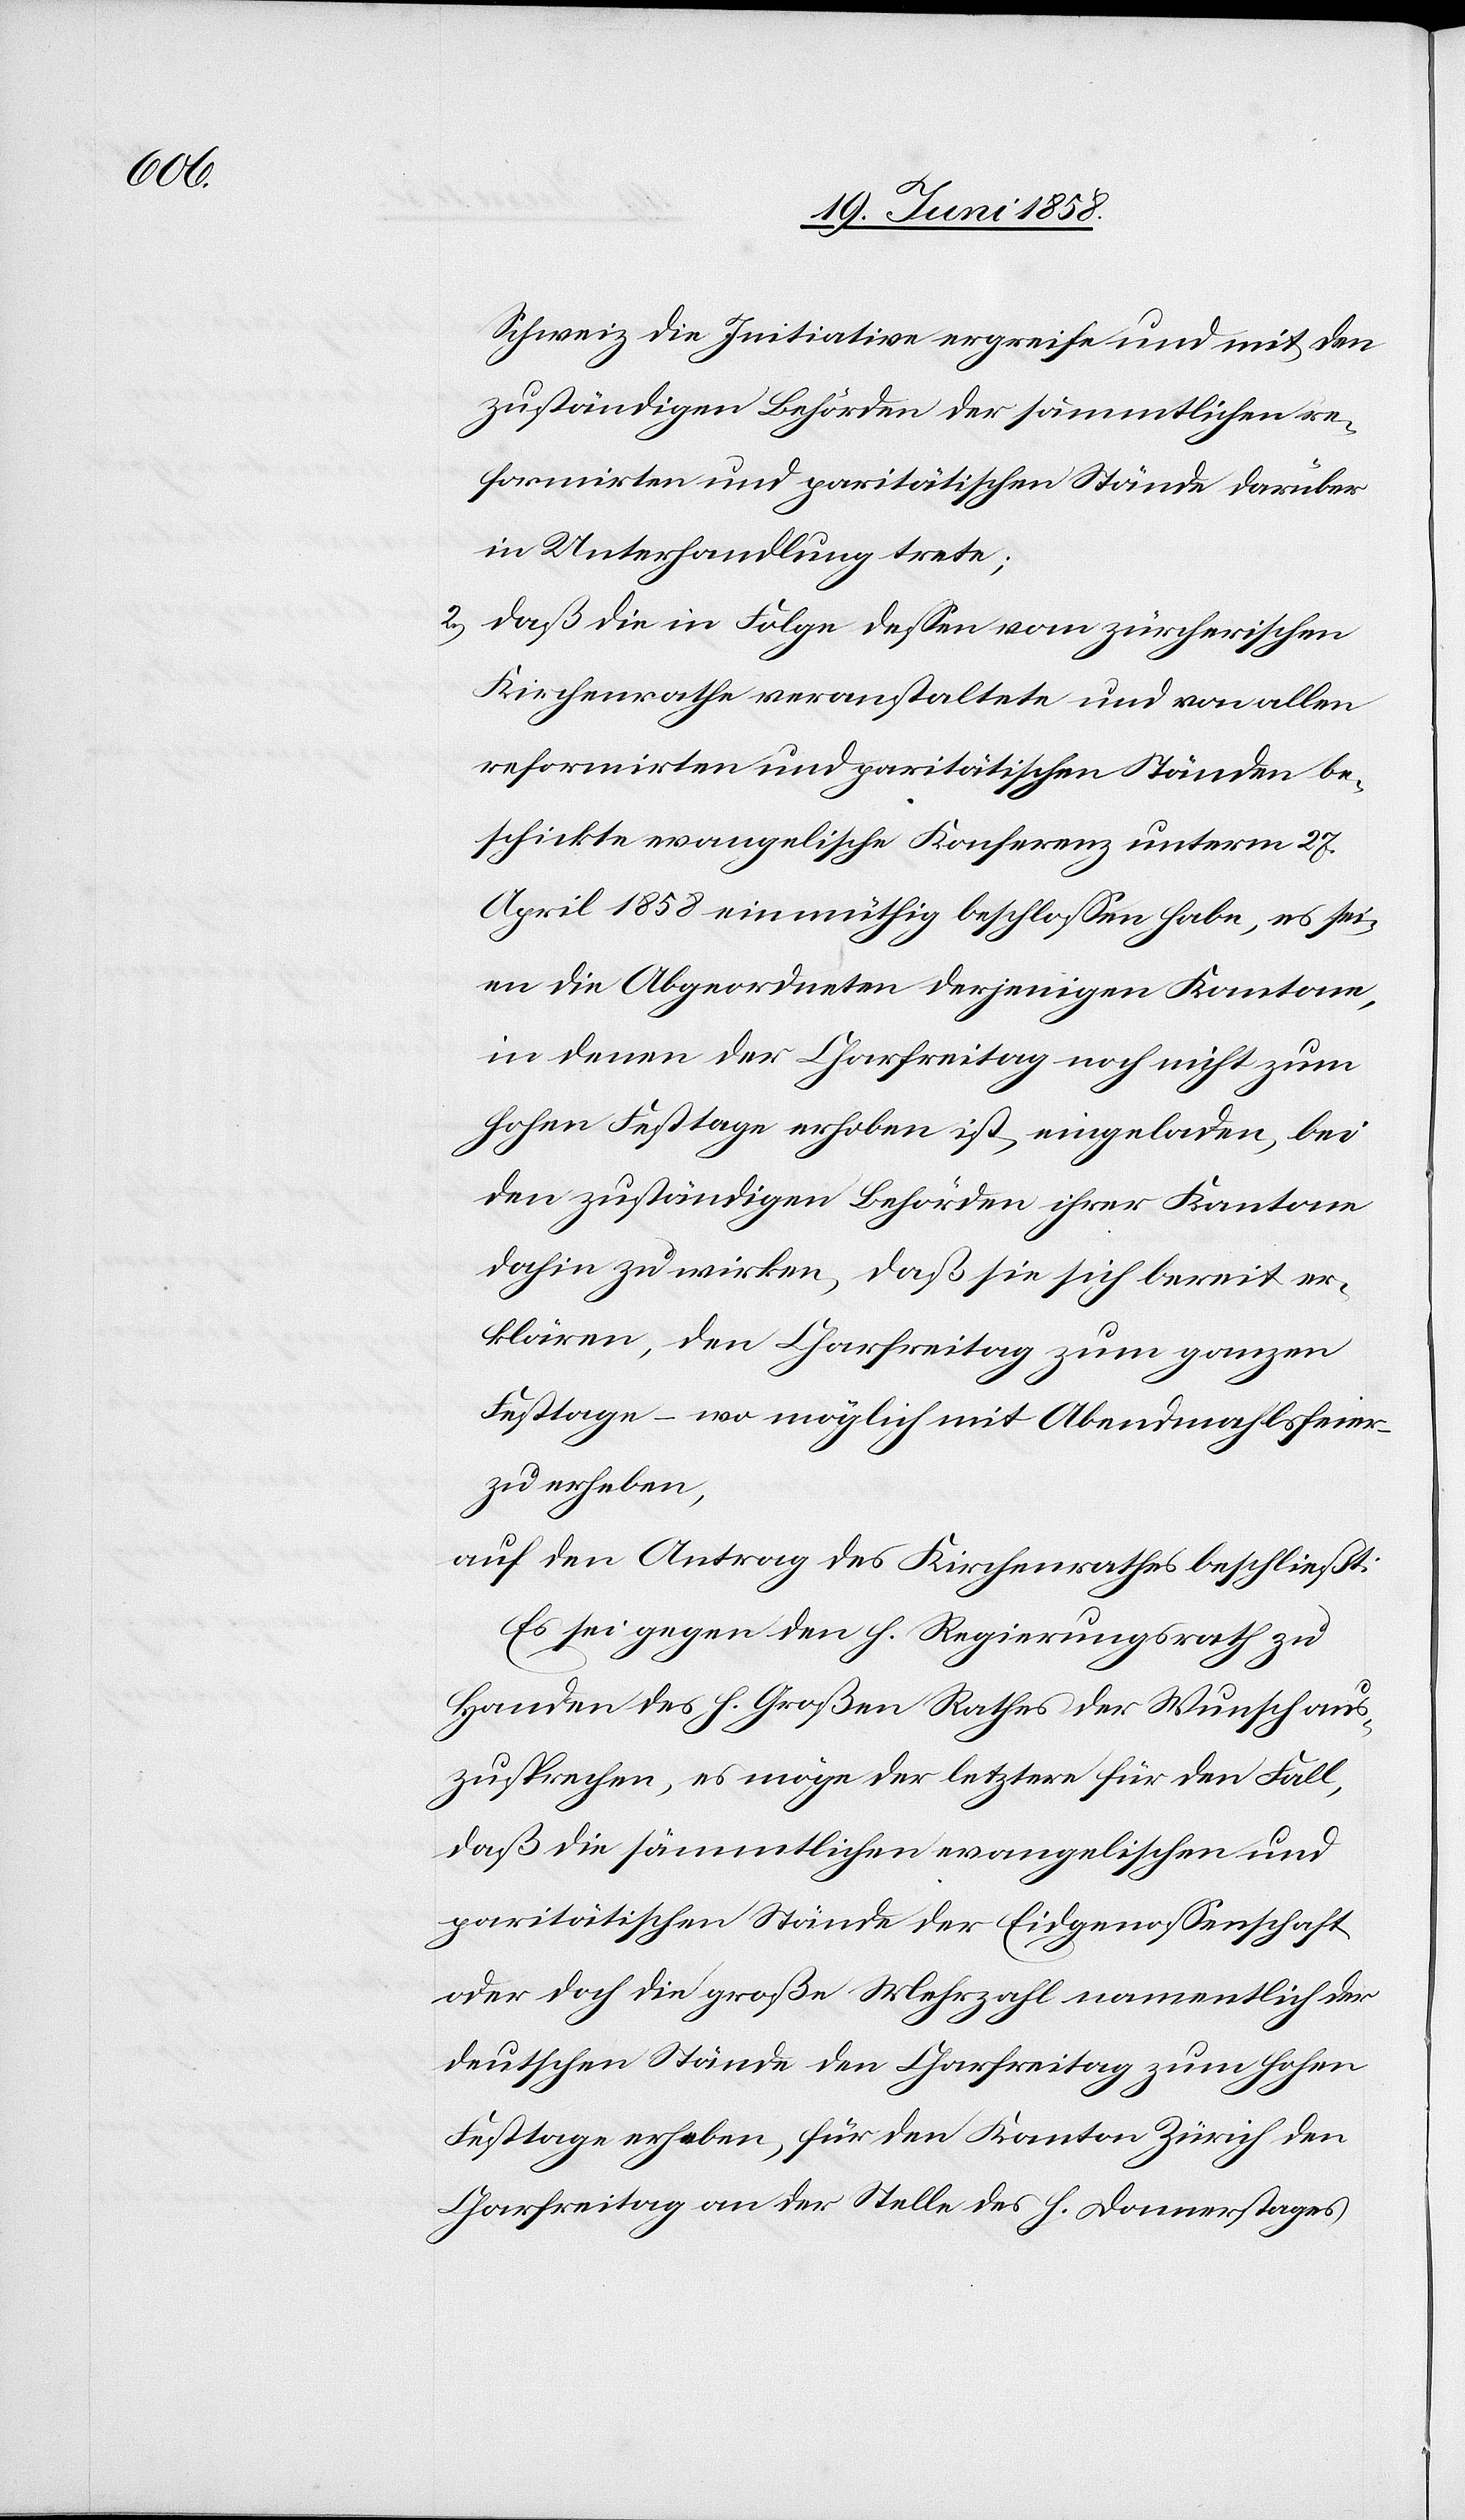
Schweiz die Initiative ergreife und mit den
zuständigen Behörden der sämmtlichen re¬
formirten und paritätischen Stände darüber
in Unterhandlung trete;
daß die in Folge dessen vom zürcherischen
Kirchenrathe veranstaltete und von allen
reformirten und paritätischen Ständen be¬
schickte evangelische Konferenz unterm 27.
April 1858 einmüthig beschlossen habe, es sei¬
en die Abgeordneten derjenigen Kantone,
in denen der Charfreitag noch nicht zum
hohen Festtage erhoben ist, eingeladen, bei
den zuständigen Behörden ihrer Kantone
dahin zu wirken, daß sie sich bereit er¬
klären, den Charfreitag zum ganzen
Festtage – wo möglich mit Abendmahlsfeier
zu erheben,
auf den Antrag des Kirchenrathes beschließt:
Es sei gegen den h. Regierungsrath zu
Handen des h. Großen Rathes der Wunsch aus¬
zusprechen, es möge der letztere für den Fall,
daß die sämmtlichen evangelischen und
paritätischen Stände der Eidgenossenschaft
oder doch die große Mehrzahl namentlich der
deutschen Stände den Charfreitag zum hohen
Festtage erheben, für den Kanton Zürich den
Charfreitag an der Stelle des h. Donnerstages